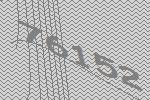
76152